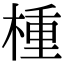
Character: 㮔